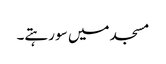
مسجد میں سو رہتے۔